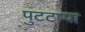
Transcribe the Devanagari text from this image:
पुटटप्पा